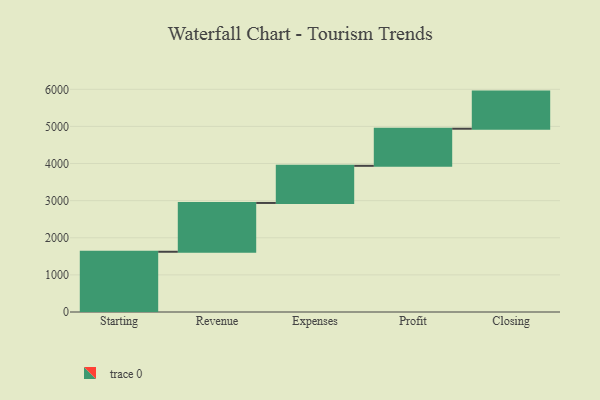
{"axis": {"x": "Step", "y": "Value"}, "legend": [""], "data": [{"x": "Starting", "y": 1623.0, "type": ""}, {"x": "Revenue", "y": 1315.0, "type": ""}, {"x": "Expenses", "y": 1000, "type": ""}, {"x": "Profit", "y": 1000, "type": ""}, {"x": "Closing", "y": 1000, "type": ""}]}